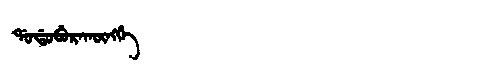
Manchu: ᡩᠣᡩᠣᠪᡠᡵᠠᡴᡡᠩᡤᡝ
Romanization: DODOBURAKŪNGGE